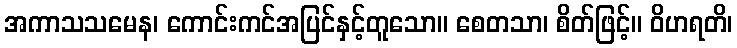
အကာသသမေန၊ ကောင်းကင်အပြင်နှင့်တူသော။ စေတသာ၊ စိတ်ဖြင့်။ ဝိဟရတိ၊